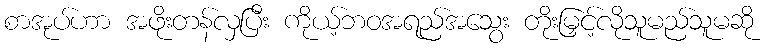
စာအုပ်ဟာ အဖိုးတန်လှပြီး ကိုယ့်ဘဝအရည်အသွေး တိုးမြှင့်လိုသူမည်သူမဆို